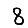
Digit: 8